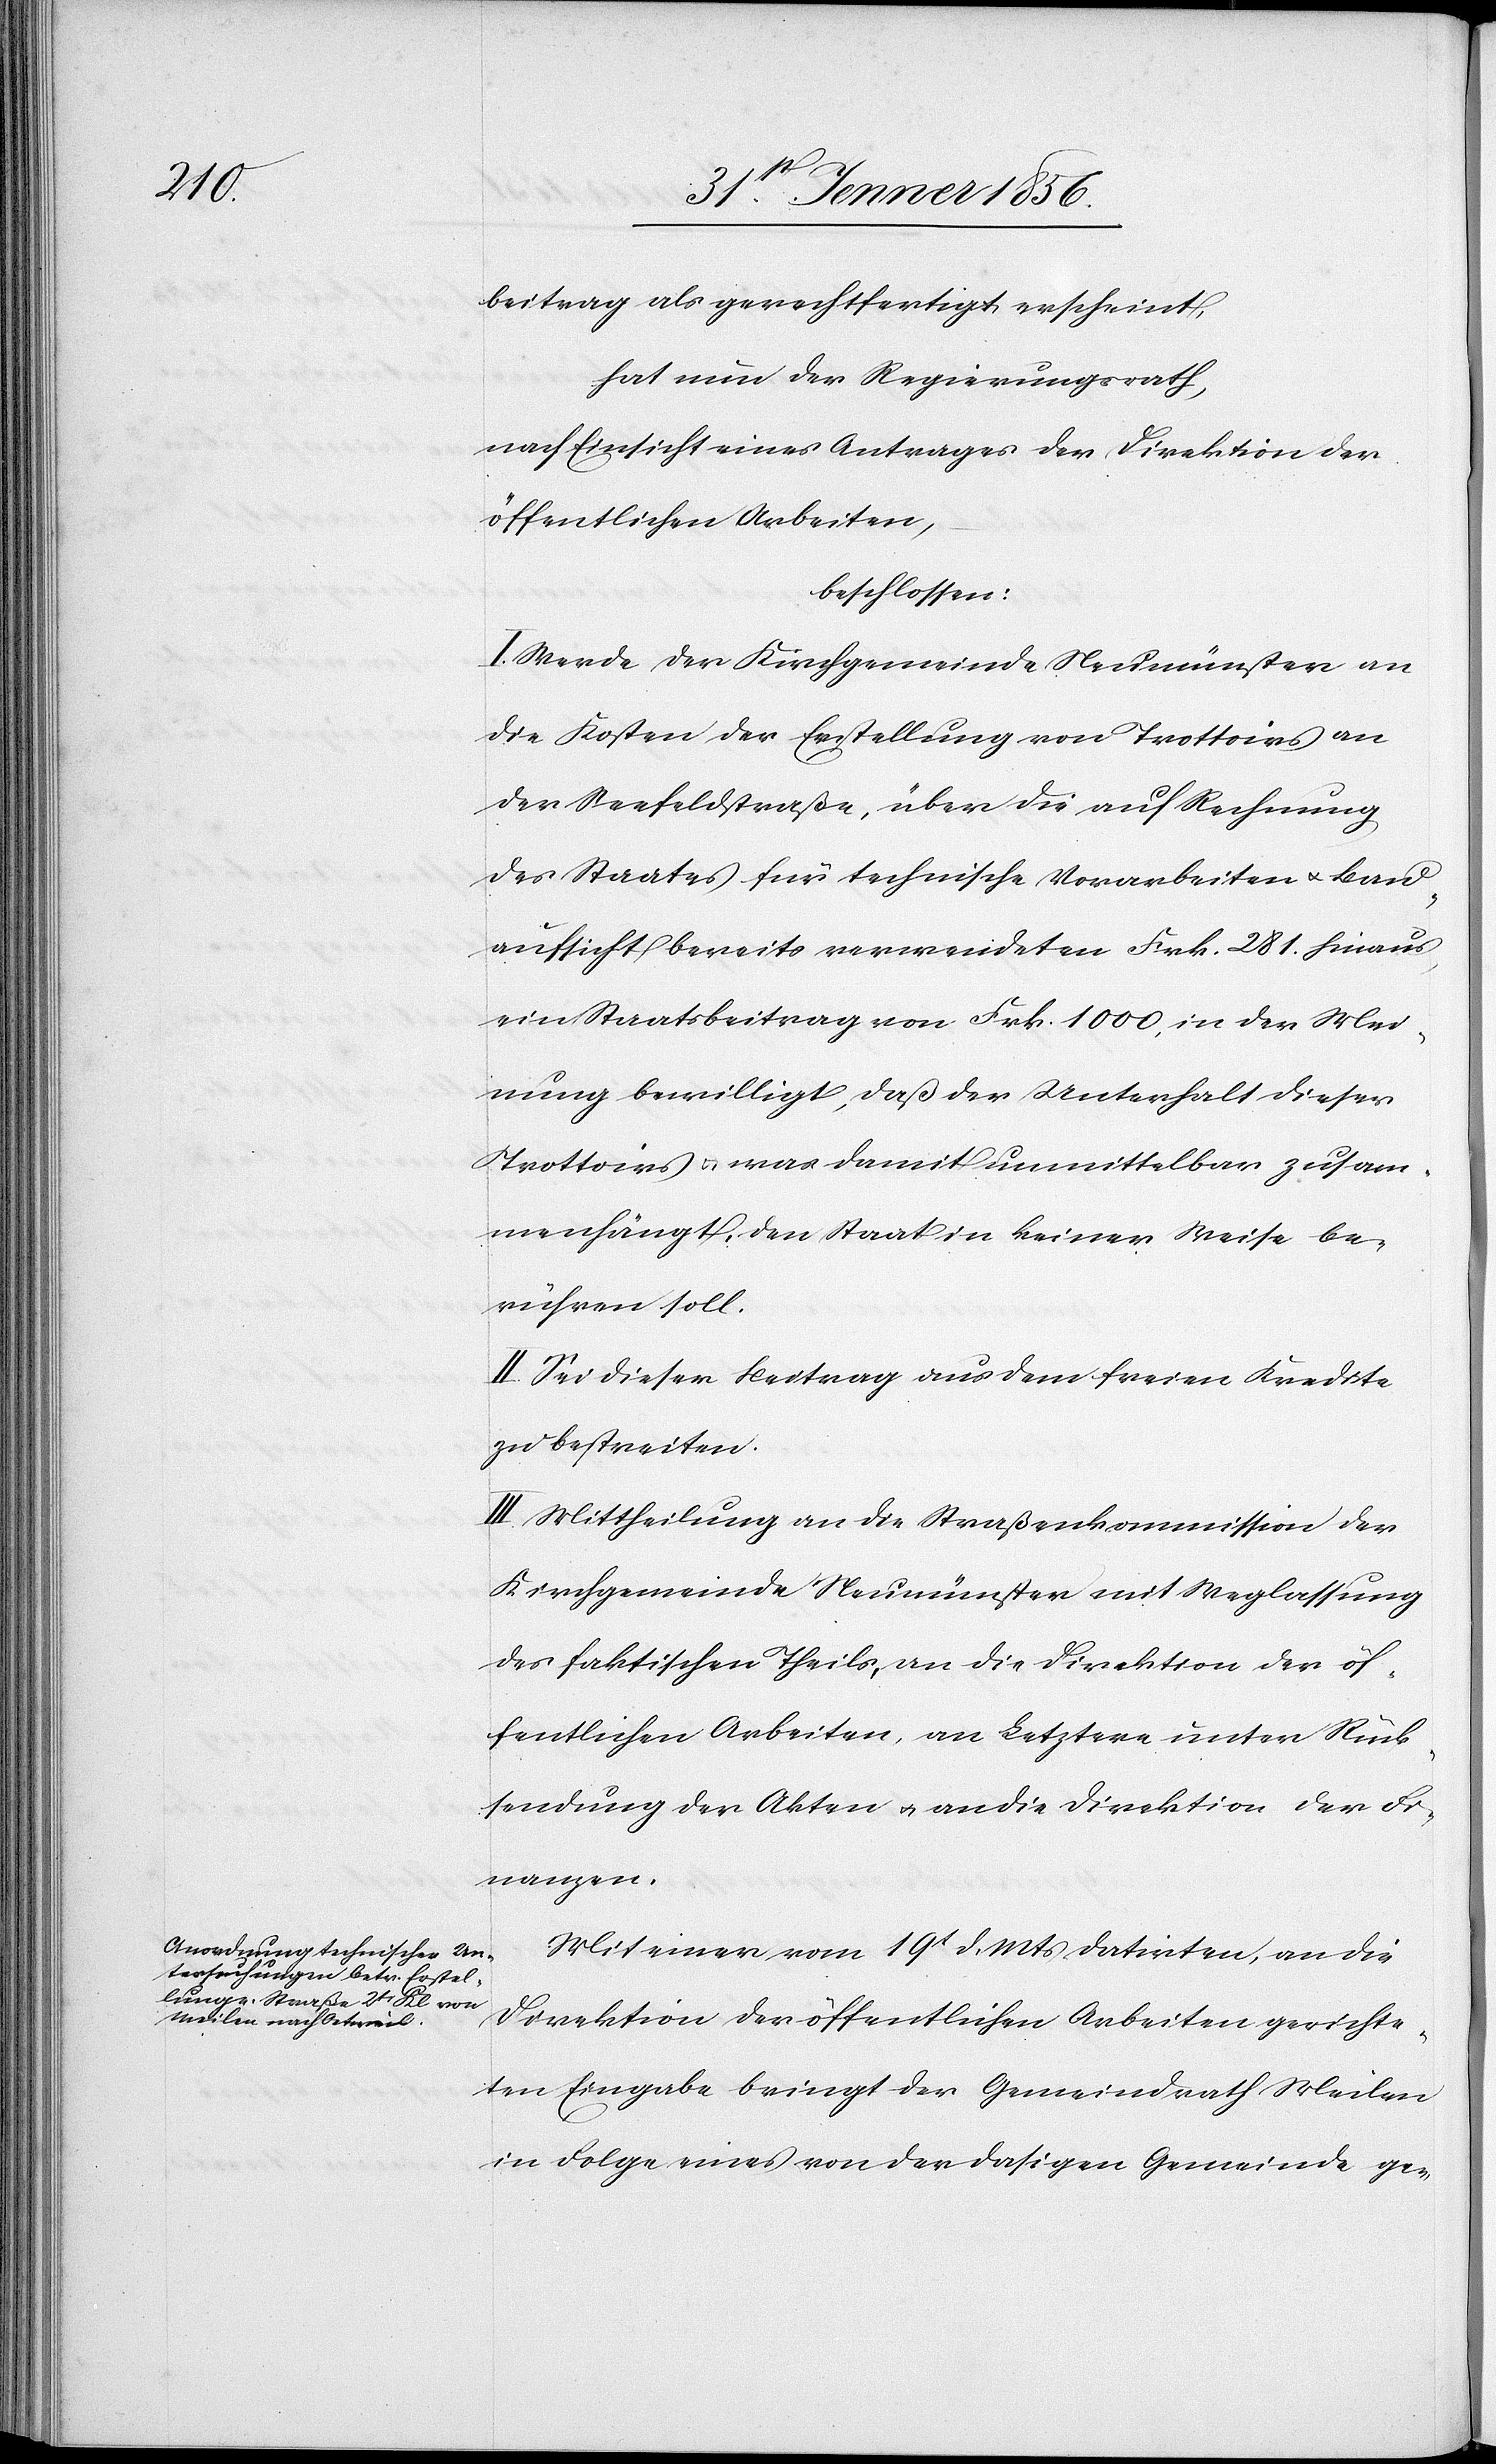
beitrag als gerechtfertigt erscheint,
hat der Regierungsrath,
nach Einsicht eines Antrages der Direktion der
öffentlichen Arbeiten,
beschlossen:
I. Werde der Kirchgemeinde Neumünster an
die Kosten der Erstellung von Trottoirs an
der Seefeldstraße, über die auf Rechnung
des Staates für technische Vorarbeiten u. Bau¬
aufsicht bereits verwendeten Frk. 281. hinaus
ein Staatsbeitrag von Frk. 1000, in der Mei¬
nung bewilligt, daß der Unterhalt dieser
Trottoirs u. was damit unmittelbar zusam¬
menhängt, den Staat in keiner Weise be¬
rühren soll.
II. Sei dieser Beitrag aus dem freien Kredite
zu bestreiten.
III. Mittheilung an die Straßenkommission der
Kirchgemeinde Neumünster mit Weglassung
des faktischen Theils, an die Direktion der öf¬
fentlichen Arbeiten, an Letztere unter Rück¬
sendung der Akten u. an die Direktion der Fi¬
nanzen.
Mit einer vom 19t d. Mts datirten, an die
Direktion der öffentlichen Arbeiten gerichte¬
ten Eingabe bringt der Gemeindrath Meilen
die Folge eines von der dahigen Gemeinde ge-